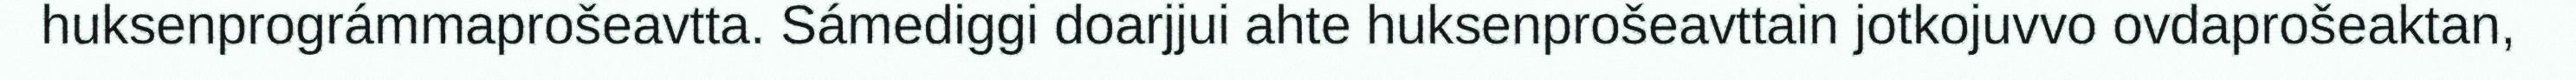
huksenprográmmaprošeavtta. Sámediggi doarjjui ahte huksenprošeavttain jotkojuvvo ovdaprošeaktan,